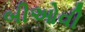
બીઓવી